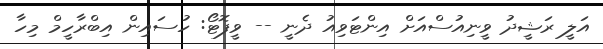
އަލީ ރަޝީދު ވީނިއުސްއަށް އިންޓަވިއު ދެނީ -- ވީފޮޓޯ: ހުސައިން އިބްރާހީމް މިހާ